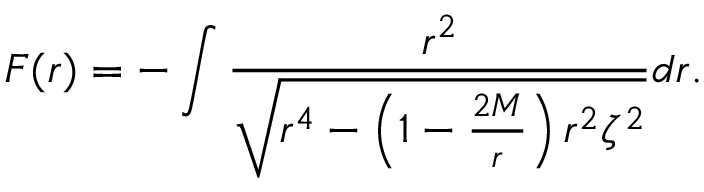
{ \cal F } ( r ) = - \int \frac { r ^ { 2 } } { \sqrt { r ^ { 4 } - \left( 1 - \frac { 2 M } { r } \right) r ^ { 2 } \zeta ^ { 2 } } } d r .